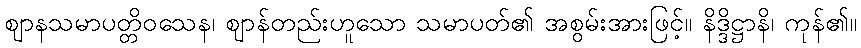
ဈာနသမာပတ္တိဝသေန၊ ဈာန်တည်းဟူသော သမာပတ်၏ အစွမ်းအားဖြင့်။ နိဒ္ဒိဋ္ဌာနိ၊ ကုန်၏။